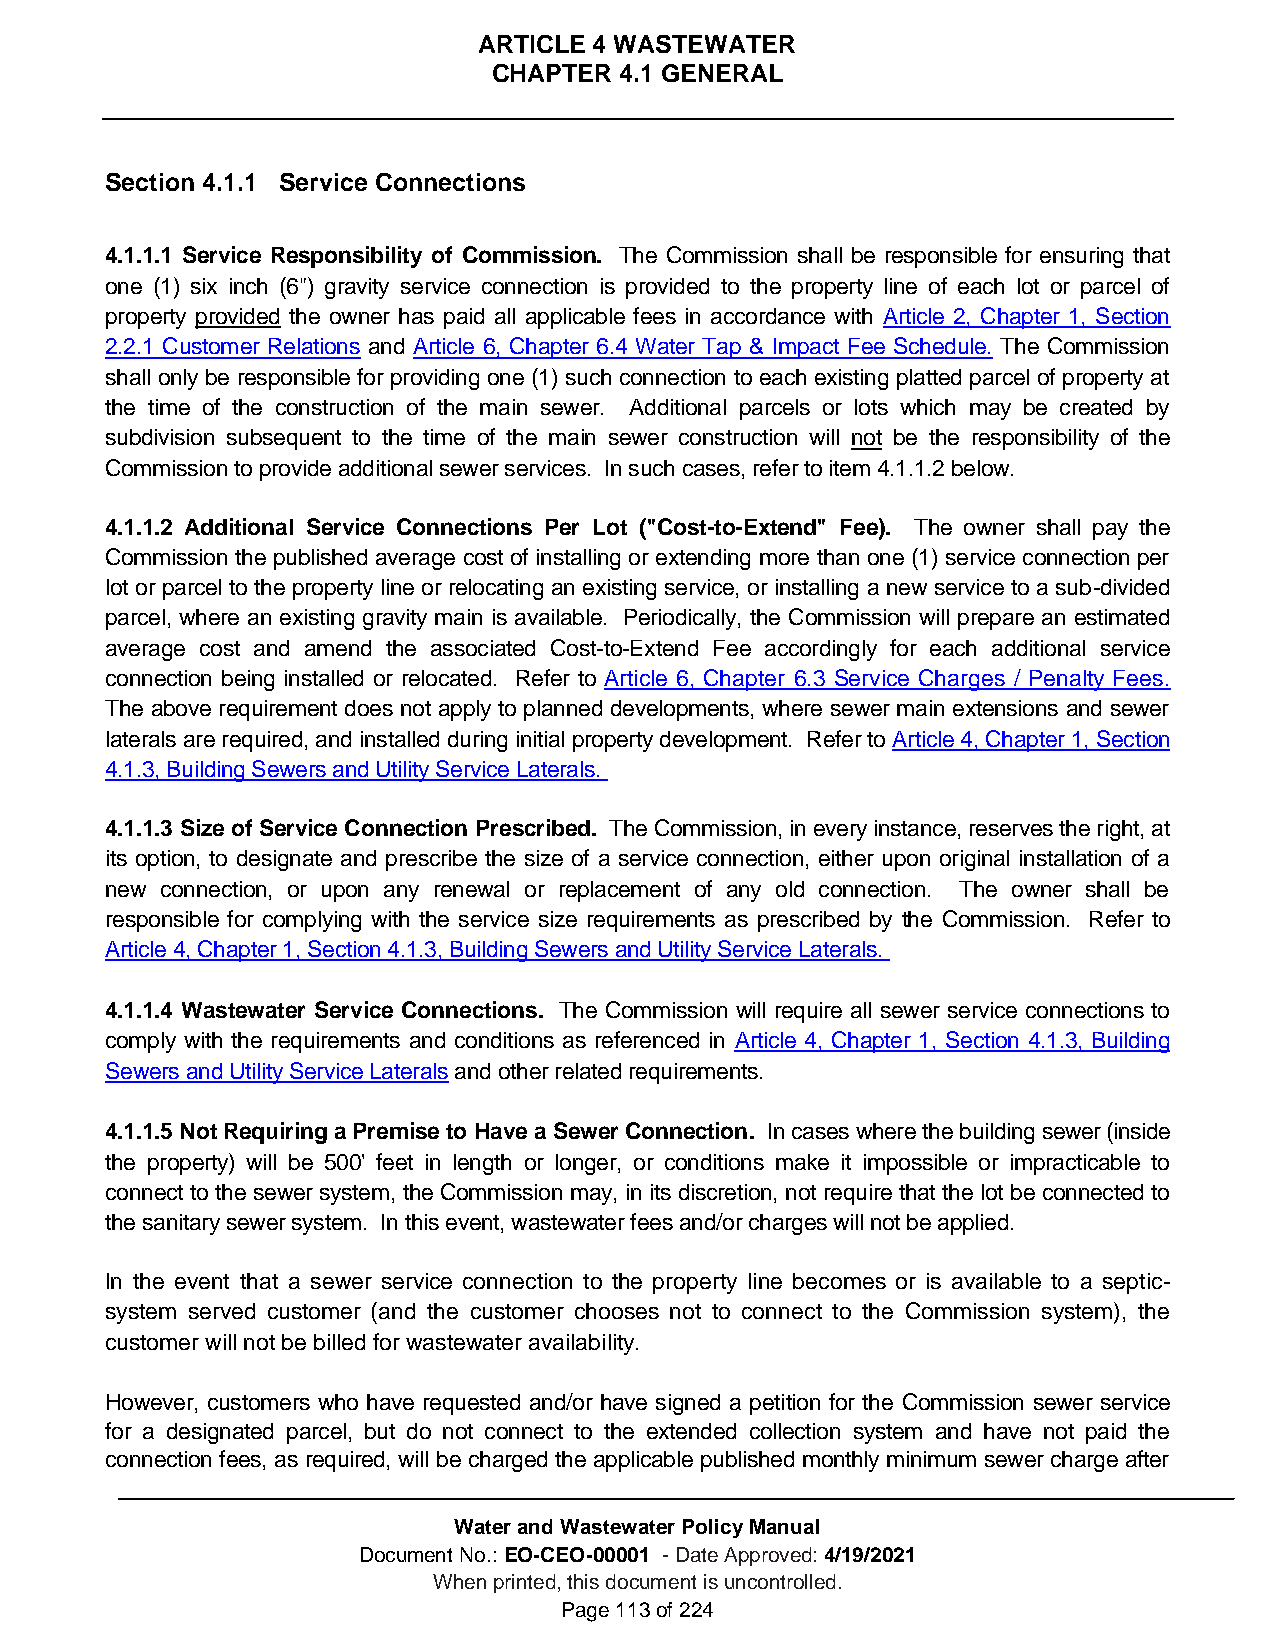
ARTICLE 4 WASTEWATER
 CHAPTER 4.1 GENERAL
 Section 4.1.1 Service Connections
 4.1.1.1 Service Responsibility of Commission. The Commission shall be responsible for ensuring that
 one (1) six inch (6") gravity service connection is provided to the property line of each lot or parcel of
 property provided the owner has paid all applicable fees in accordance with Article 2, Chapter 1, Section
 2.2.1 Customer Relations and Article 6, Chapter 6.4 Water Tap & Impact Fee Schedule. The Commission
 shall only be responsible for providing one (1) such connection to each existing platted parcel of property at
 the time of the construction of the main sewer. Additional parcels or lots which may be created by
 subdivision subsequent to the time of the main sewer construction will not be the responsibility of the
 Commission to provide additional sewer services. In such cases, refer to item 4.1.1.2 below.
 4.1.1.2 Additional Service Connections Per Lot ("Cost-to-Extend" Fee). The owner shall pay the
 Commission the published average cost of installing or extending more than one (1) service connection per
 lot or parcel to the property line or relocating an existing service, or installing a new service to a sub-divided
 parcel, where an existing gravity main is available. Periodically, the Commission will prepare an estimated
 average cost and amend the associated Cost-to-Extend Fee accordingly for each additional service
 connection being installed or relocated. Refer to Article 6, Chapter 6.3 Service Charges / Penalty Fees.
 The above requirement does not apply to planned developments, where sewer main extensions and sewer
 laterals are required, and installed during initial property development. Refer to Article 4, Chapter 1, Section
 4.1.3, Building Sewers and Utility Service Laterals.
 4.1.1.3 Size of Service Connection Prescribed. The Commission, in every instance, reserves the right, at
 its option, to designate and prescribe the size of a service connection, either upon original installation of a
 new connection, or upon any renewal or replacement of any old connection. The owner shall be
 responsible for complying with the service size requirements as prescribed by the Commission. Refer to
 Article 4, Chapter 1, Section 4.1.3, Building Sewers and Utility Service Laterals.
 4.1.1.4 Wastewater Service Connections. The Commission will require all sewer service connections to
 comply with the requirements and conditions as referenced in Article 4, Chapter 1, Section 4.1.3, Building
 Sewers and Utility Service Laterals and other related requirements.
 4.1.1.5 Not Requiring a Premise to Have a Sewer Connection. In cases where the building sewer (inside
 the property) will be 500' feet in length or longer, or conditions make it impossible or impracticable to
 connect to the sewer system, the Commission may, in its discretion, not require that the lot be connected to
 the sanitary sewer system. In this event, wastewater fees and/or charges will not be applied.
 In the event that a sewer service connection to the property line becomes or is available to a septic-
 system served customer (and the customer chooses not to connect to the Commission system), the
 customer will not be billed for wastewater availability.
 However, customers who have requested and/or have signed a petition for the Commission sewer service
 for a designated parcel, but do not connect to the extended collection system and have not paid the
 connection fees, as required, will be charged the applicable published monthly minimum sewer charge after
 Water and Wastewater Policy Manual
 Document No.: EO-CEO-00001 - Date Approved: 4/19/2021
 When printed, this document is uncontrolled.
 Page 113 of 224